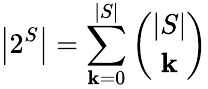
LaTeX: \left|2^{S}\right|=\sum_{\mathbf{k}=0}^{|S|}{\binom{|S|}{\mathbf{k}}}